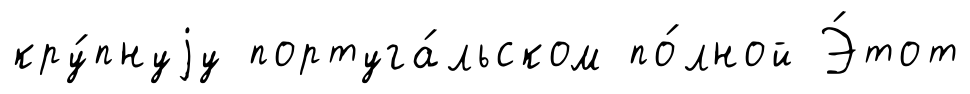
кру́пнуjу португа́льском по́лной Э́тот